Indian journal of veterinary science and animal husbandry - Volume 6,
Year: 1936
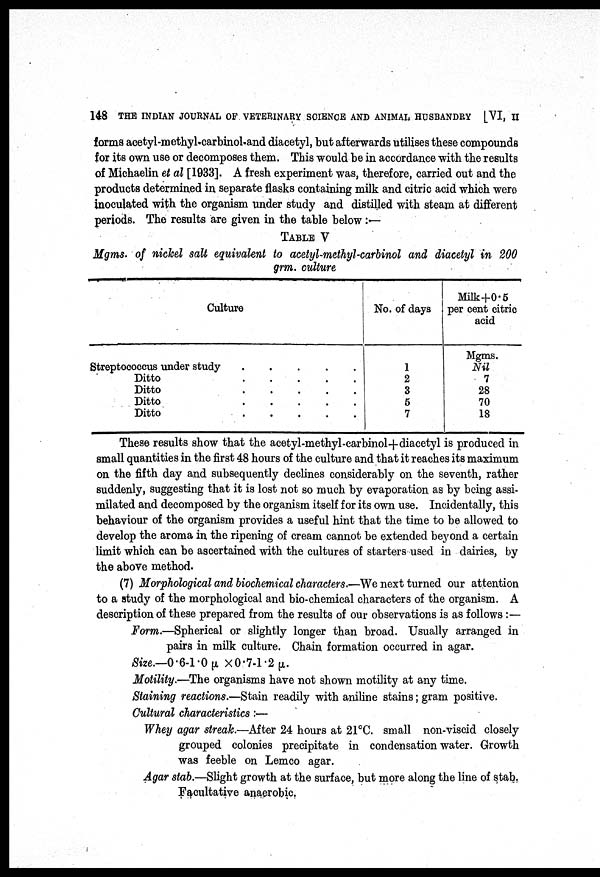
148 THE INDIAN JOURNAL OF VETERINARY SCIENCE AND ANIMAL HUSBANDRY [VI, II
forms acetyl-methyl-carbinol-and diacetyl, but afterwards utilises these compounds
for its own use or decomposes them. This would be in accordance with the results
of Michaelin et al [1933]. A fresh experiment was, therefore, carried out and the
products determined in separate flasks containing milk and citric acid which were
inoculated with the organism under study and distilled with steam at different
periods. The results are given in the table below :—
TABLE V
Mgms. of nickel salt equivalent to acetyl-methyl-carbinol and diacetyl in 200
grm, culture
Culture
Streptococcus under study
.
.
.
.
.
Ditto
.
.
.
.
.
Ditto
.
.
.
.
.
Ditto
.
.
.
.
.
Ditto
.
.
.
.
.
No. of days
1
2
3
5
7
Milk+0.5
per cent citric
acid
Mgms.
Nil
7
28
70
18
These results show that the acetyl-methyl-carbinol+diacetyl is produced in
small quantities in the first 48 hours of the culture and that it reaches its maximum
on the fifth day and subsequently declines considerably on the seventh, rather
suddenly, suggesting that it is lost not so much by evaporation as by being assi-
milated and decomposed by the organism itself for its own use. Incidentally, this
behaviour of the organism provides a useful hint that the time to be allowed to
develop the aroma in the ripening of cream cannot be extended beyond a certain
limit which can be ascertained with the cultures of starters used in dairies, by
the above method.
(7) Morphological and biochemical characters.—We next turned our attention
to a study of the morphological and bio-chemical characters of the organism. A
description of these prepared from the results of our observations is as follows :—
Form.—Spherical or slightly longer than broad. Usually arranged in
pairs in milk culture. Chain formation occurred in agar.
Size.—0.6-1.0µ
×0.7-l.2µ.
Motility.—The organisms have not shown motility at any time.
Staining reactions.—Stain readily with aniline stains; gram positive.
Cultural characteristics:—
Whey agar streak.—After 24 hours at 21°C. small non-viscid closely
grouped colonies precipitate in condensation water. Growth
was feeble on Lemco agar.
Agar stab.—Slight growth at the surface, but more along the line of stab.
Facultative anaerobic.